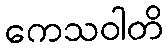
ကေသဝါတိ